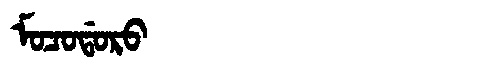
Manchu: ᠮᠣᠴᠣᡩᠣᡵᠣ
Romanization: MOCODORO